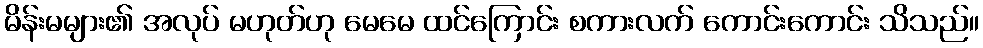
မိန်းမများ၏ အလုပ် မဟုတ်ဟု မေမေ ထင်ကြောင်း စကားလက် ကောင်းကောင်း သိသည်။